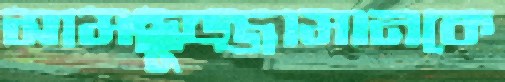
সামছুজ্জামানকে